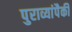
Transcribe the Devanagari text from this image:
पुराव्यांपैकी